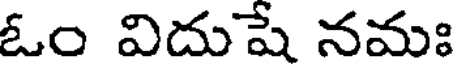
ఓం విదుషే నమః